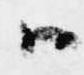
ハ